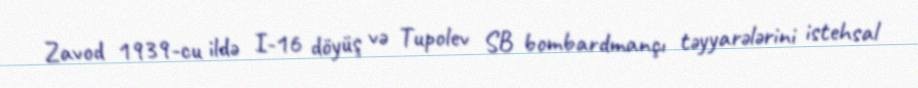
Zavod 1939-cu ildə I-16 döyüş və Tupolev SB bombardmançı təyyarələrini istehsal